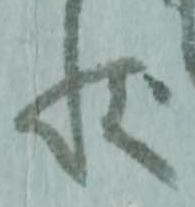
状